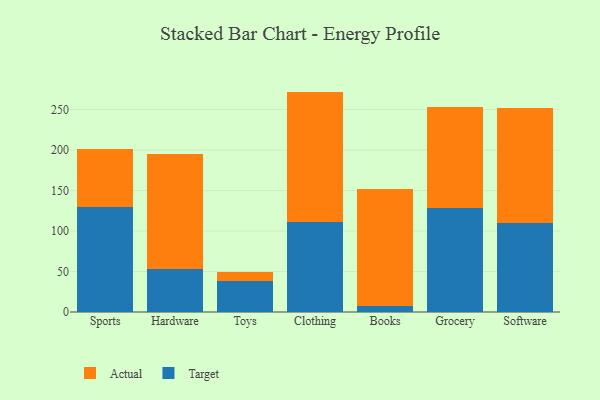
{"axis": {"x": "Category", "y": "Humidity (%)"}, "legend": ["Actual", "Target"], "data": [{"x": "Sports", "y": 130.0, "type": "Target"}, {"x": "Sports", "y": 72.0, "type": "Actual"}, {"x": "Hardware", "y": 52.8, "type": "Target"}, {"x": "Hardware", "y": 142.1, "type": "Actual"}, {"x": "Toys", "y": 38.2, "type": "Target"}, {"x": "Toys", "y": 10.8, "type": "Actual"}, {"x": "Clothing", "y": 111.8, "type": "Target"}, {"x": "Clothing", "y": 160.5, "type": "Actual"}, {"x": "Books", "y": 7.0, "type": "Target"}, {"x": "Books", "y": 144.9, "type": "Actual"}, {"x": "Grocery", "y": 128.3, "type": "Target"}, {"x": "Grocery", "y": 124.8, "type": "Actual"}, {"x": "Software", "y": 110.3, "type": "Target"}, {"x": "Software", "y": 142.0, "type": "Actual"}]}